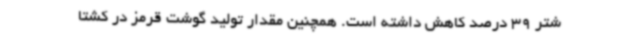
‌شتر 39 درصد کاهش داشته است. همچنین مقدار تولید گوشت قرمز در کشتا